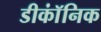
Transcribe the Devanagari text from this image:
डीकॉंनिक